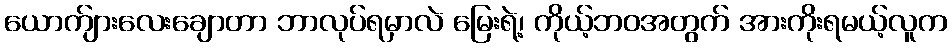
ယောက်ျားလေးချောတာ ဘာလုပ်ရမှာလဲ မြေးရဲ့၊ ကိုယ့်ဘဝအတွက် အားကိုးရမယ့်လူက